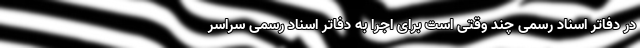
در دفاتر اسناد رسمی چند وقتی است برای اجرا به دفاتر اسناد رسمی سراسر